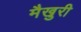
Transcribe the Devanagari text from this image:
मैखुरी